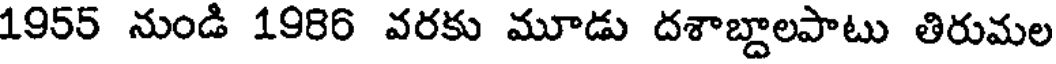
1955 నుండి 1986 వరకు మూడు దశాబ్దాలపాటు తిరుమల